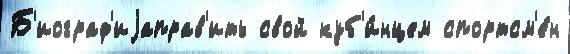
Б'иограф'иjаправ'ить свой куб'и́нцем спортсм'е́н